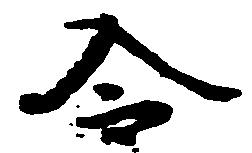
令